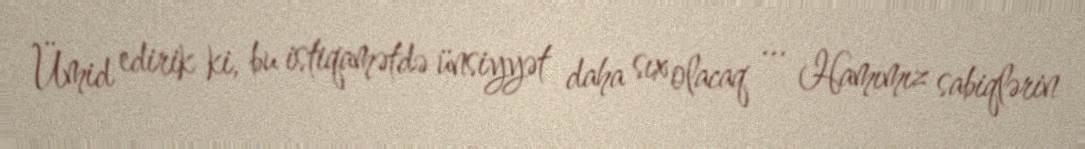
Ümid edirik ki, bu istiqamətdə ünsiyyət daha sıx olacaq ... Hamımız sabiqlərin